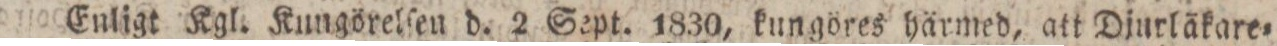
Enligt Kgl. Kungörelſen d. 2 Sept. 1830, kungöres härmed, att Djurläkare=